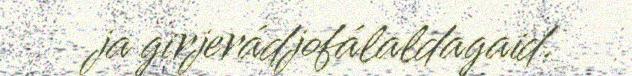
ja girjerádjofálaldagaid.